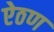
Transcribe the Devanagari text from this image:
ऐठण